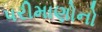
પરીમાણોનો